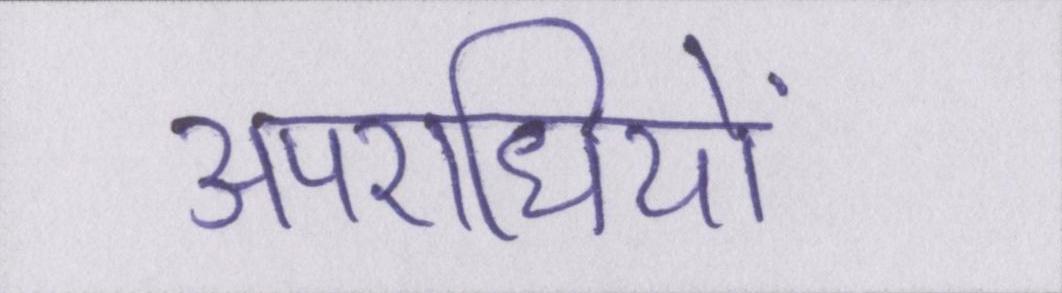
अपराधियों